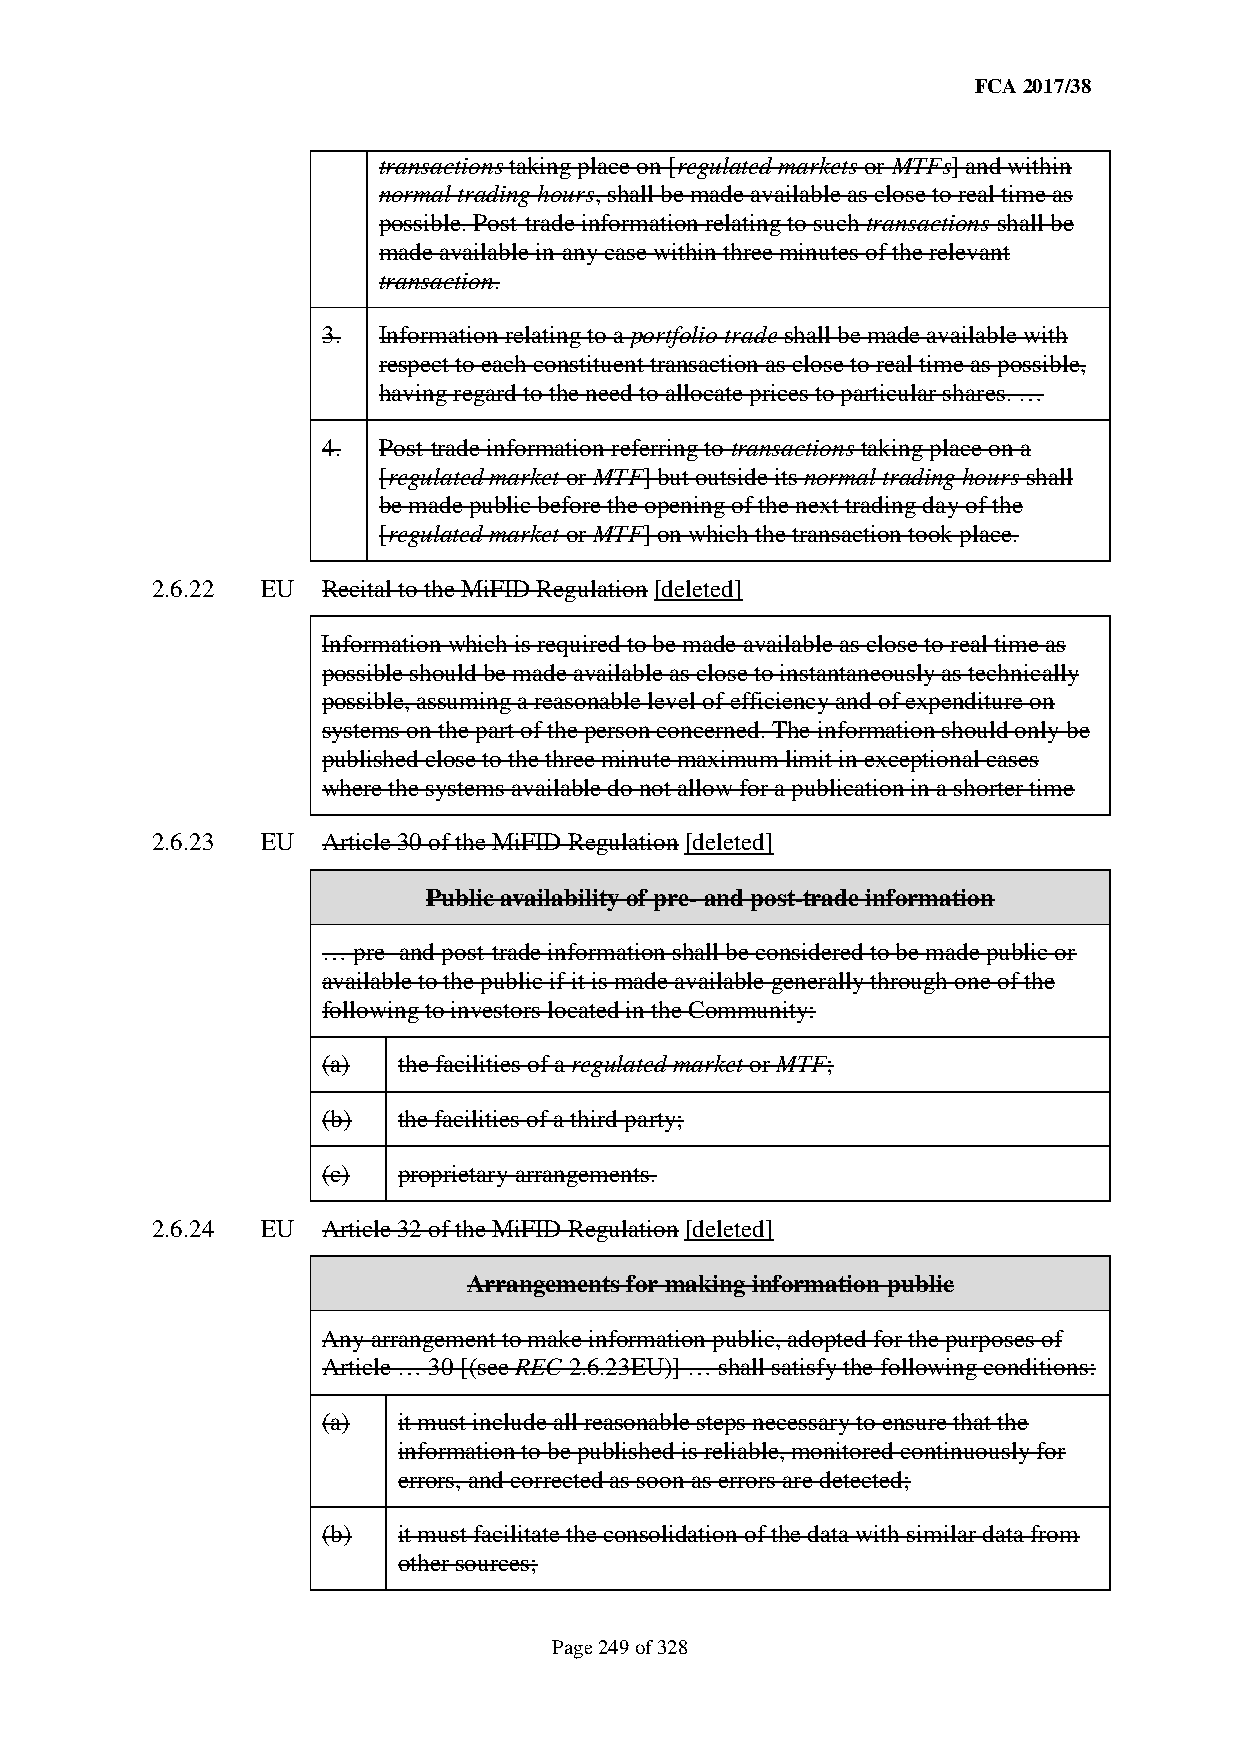
FCA 2017/38
 transactions taking place on [regulated markets or MTFs] and within
 normal trading hours, shall be made available as close to real time as
 possible. Post-trade information relating to such transactions shall be
 made available in any case within three minutes of the relevant
 transaction.
 3.  Information relating to a portfolio trade shall be made available with
 respect to each constituent transaction as close to real time as possible,
 having regard to the need to allocate prices to particular shares. …
 4.  Post-trade information referring to transactions taking place on a
 [regulated market or MTF] but outside its normal trading hours shall
 be made public before the opening of the next trading day of the
 [regulated market or MTF] on which the transaction took place.
 2.6.22 EU  Recital to the MiFID Regulation [deleted]
 Information which is required to be made available as close to real time as
 possible should be made available as close to instantaneously as technically
 possible, assuming a reasonable level of efficiency and of expenditure on
 systems on the part of the person concerned. The information should only be
 published close to the three minute maximum limit in exceptional cases
 where the systems available do not allow for a publication in a shorter time
 2.6.23 EU  Article 30 of the MiFID Regulation [deleted]
 Public availability of pre- and post-trade information
 … pre- and post-trade information shall be considered to be made public or
 available to the public if it is made available generally through one of the
 following to investors located in the Community:
 (a)  the facilities of a regulated market or MTF;
 (b)  the facilities of a third party;
 (c)  proprietary arrangements.
 2.6.24 EU  Article 32 of the MiFID Regulation [deleted]
 Arrangements for making information public
 Any arrangement to make information public, adopted for the purposes of
 Article … 30 [(see REC 2.6.23EU)] … shall satisfy the following conditions:
 (a)  it must include all reasonable steps necessary to ensure that the
 information to be published is reliable, monitored continuously for
 errors, and corrected as soon as errors are detected;
 (b)  it must facilitate the consolidation of the data with similar data from
 other sources;
 Page 249 of 328